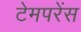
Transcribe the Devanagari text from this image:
टेमपरेंस